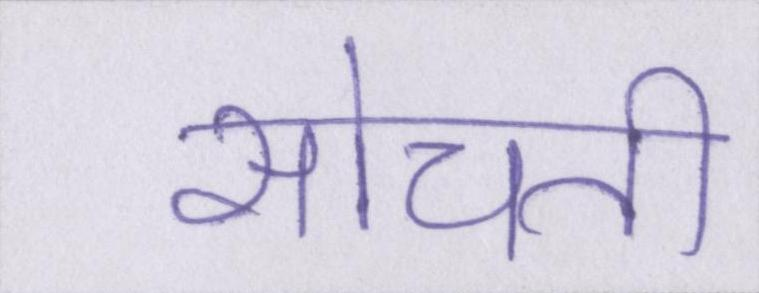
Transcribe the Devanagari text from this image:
सोचती